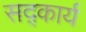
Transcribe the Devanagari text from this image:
सद्कार्य